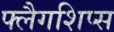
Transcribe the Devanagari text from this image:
फ्लैगशिप्‍स